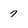
Character: 7